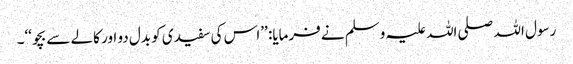
رسول اللہ صلی اللہ علیہ وسلم نے فرمایا: ’’اس کی سفیدی کو بدل دو اور کالے سے بچو‘‘۔